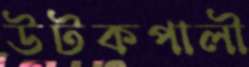
উটকপালী